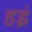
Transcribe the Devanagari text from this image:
हइं